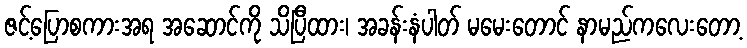
ဇင့်ပြောစကားအရ အဆောင်ကို သိပြီထား၊ အခန်းနံပါတ် မမေးတောင် နာမည်ကလေးတော့